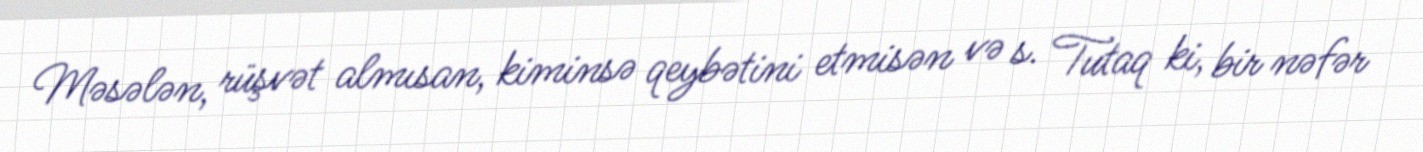
Məsələn, rüşvət almısan, kiminsə qeybətini etmisən və s. Tutaq ki, bir nəfər